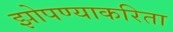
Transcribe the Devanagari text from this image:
झोपण्याकरिता